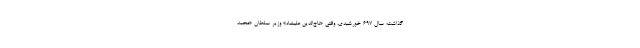
گذاشت؛ سال ۶۹۷ خورشیدی، وقتی «تاج‌الدین علیشاه» وزیر سلطان «محمد